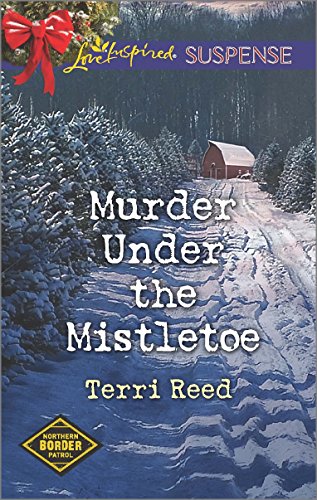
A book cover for Murder Under the Mistletoe (Northern Border Patrol); Terri Reed; Romance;